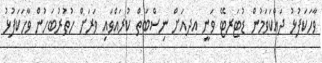
ވާހަކަފުޅު ދައްކަވަމުން ޑުޓަރޓޭ ވަނީ އދއަށް ނިސްބަތް ކުރައްވައި ވަރަށް ހުތުރުބަހުން ވާހަކަފުޅު